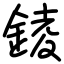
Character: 錂